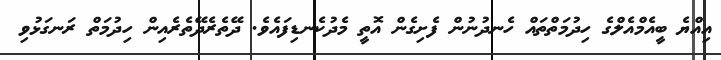
އިއްޔެ ބީއެމްއެލްގެ ހިދުމަތްތައް ހެނދުނުން ފެށިގެން އޮތީ މެދުކެނޑިފައެވެ. ދޭތެރެދޭތެރެއިން ހިދުމަތް ރަނގަޅުވި